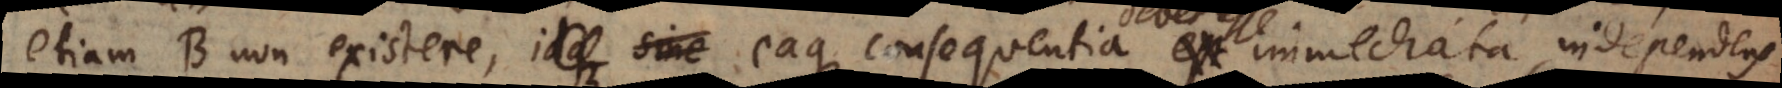
etiam B non existere, eaque consequentia est debet esse immediata, independens